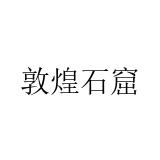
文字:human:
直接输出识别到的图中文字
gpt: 敦煌石窟